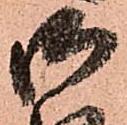
御